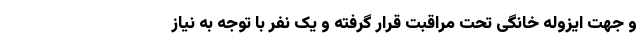
و جهت ایزوله خانگی تحت مراقبت قرار گرفته و یک نفر با توجه به نیاز